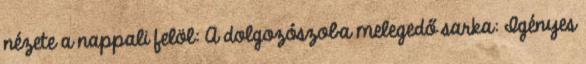
nézete a nappali felöl: A dolgozószoba melegedő sarka: Igényes